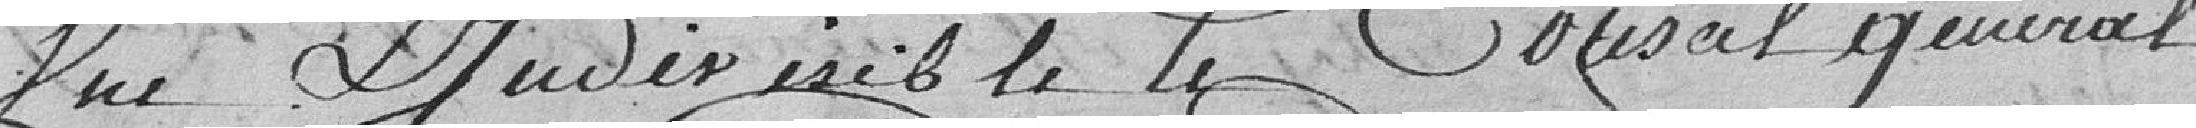
Une et Indivisible le Conseil général